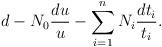
LaTeX: \begin{align*}d-N_0 \frac{du}{u}-\sum _{i=1}^n N_i \frac{dt_i }{t_i }.\end{align*}